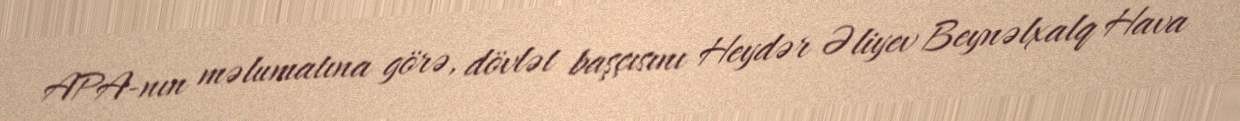
APA-nın məlumatına görə, dövlət başçısını Heydər Əliyev Beynəlxalq Hava